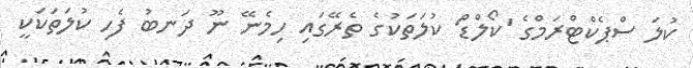
ކުލަ ސްޕެކްޓްރަމްގެ 'ކޯލްޑް' ކުލަތަކުގެ ތެރޭގައި ހިމެނޭ ނޫ ދަނބު ފެހި ކުލަތަކަކީ